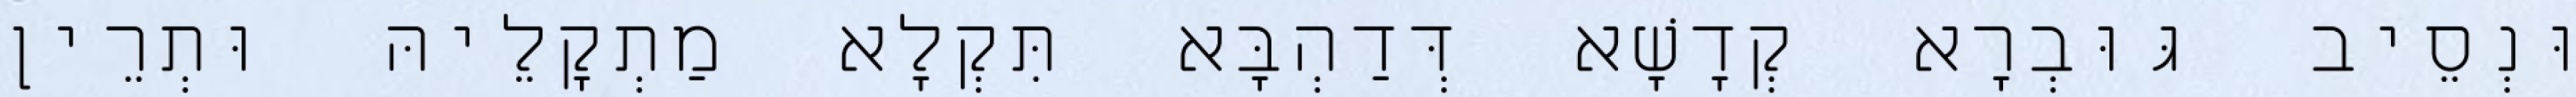
וּנְסֵיב גּוּבְרָא קְדָשָׁא דְּדַהְבָּא תִּקְלָא מַתְקָלֵיהּ וּתְרֵין